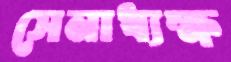
সেনাধ্যক্ষ